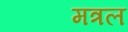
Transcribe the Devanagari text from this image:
मत्रल